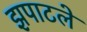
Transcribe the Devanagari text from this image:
झपाटले